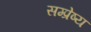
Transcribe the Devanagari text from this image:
सम्प्रेष्य